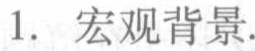
1. 宏观背景.